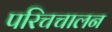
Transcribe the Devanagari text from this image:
परिचचालन